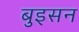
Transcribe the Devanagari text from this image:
बुइसन